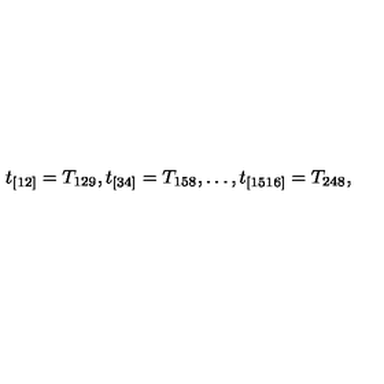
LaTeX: t _ { [ 1 2 ] } = T _ { 1 2 9 } , t _ { [ 3 4 ] } = T _ { 1 5 8 } , \ldots , t _ { [ 1 5 1 6 ] } = T _ { 2 4 8 } ,